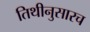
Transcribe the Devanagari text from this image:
तिथीनुसारच